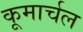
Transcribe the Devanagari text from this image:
कूमार्चल